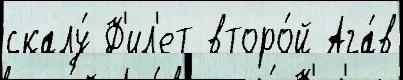
скалу́ Ф'ил'ет второ́й Ага́в